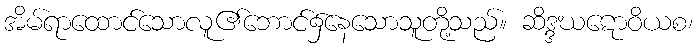
အိမ်ရာထောင်သောလူ၏ဘောင်၌နေသောသူတို့သည်။ ဆိဒ္ဒဃဋောဝိယစ၊